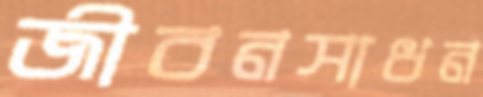
জীবনসাধন